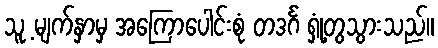
သူ့ မျက်နှာမှ အကြောပေါင်းစုံ တဒင်္ဂ ရှုံ့တွသွားသည်။